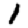
Digit: 1